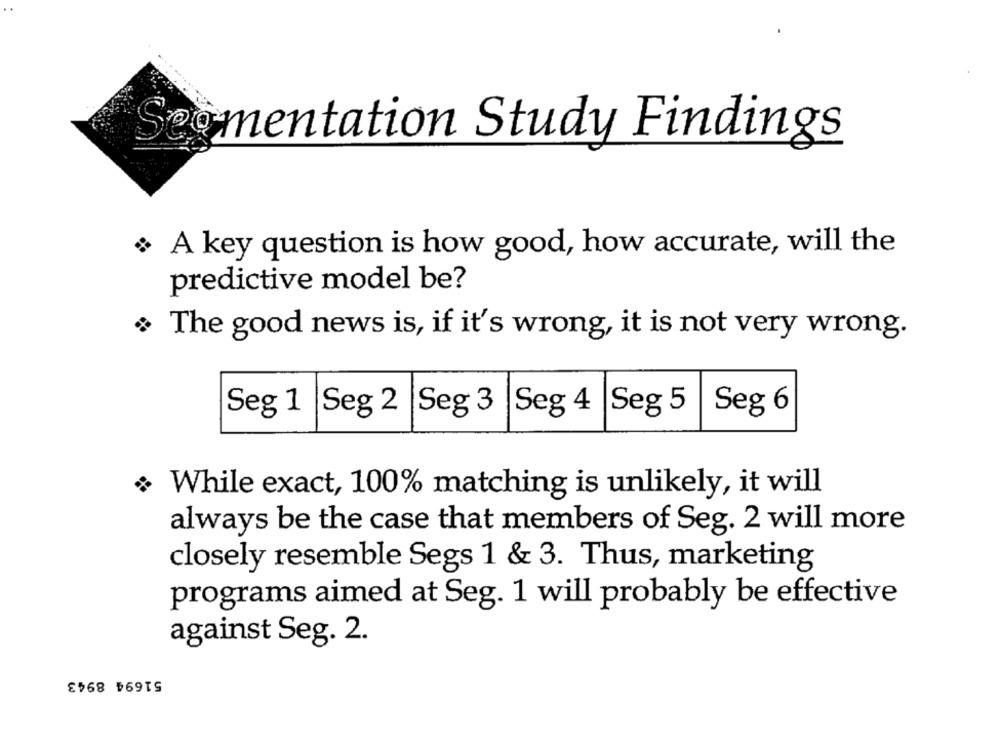
Soomentation Study Findings
A key question is how good, how accurate, will the
predictive model be?
The good news is, if it's wrong, it is not very wrong.
Seg 1 Seg 2 Seg 3 |Seg 4 |Seg 5
Seg 6
+ While exact, 100% matching is unlikely, it will
always be the case that members of Seg. 2 will more
closely resemble Segs 1 & 3. Thus, marketing
programs aimed at Seg. 1 will probably be effective
against Seg. 2.
51694 8943